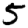
Digit: 5